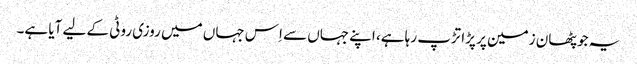
یہ جو پٹھان زمین پر پڑا تڑپ رہا ہے، اپنے جہاں سے اِس جہاں میں روزی روٹی کے لیے آیا ہے۔